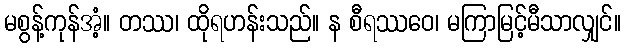
မစွန့်ကုန်အံ့။ တဿ၊ ထိုရဟန်းသည်။ န စီရဿဝေ၊ မကြာမြင့်မီသာလျှင်။